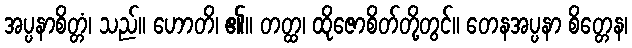
အပ္ပနာစိတ္တံ၊ သည်။ ဟောတိ၊ ၏။ တတ္ထ၊ ထိုဇောစိတ်တို့တွင်။ တေနအပ္ပနာ စိတ္တေန၊